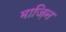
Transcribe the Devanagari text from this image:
माज़िन